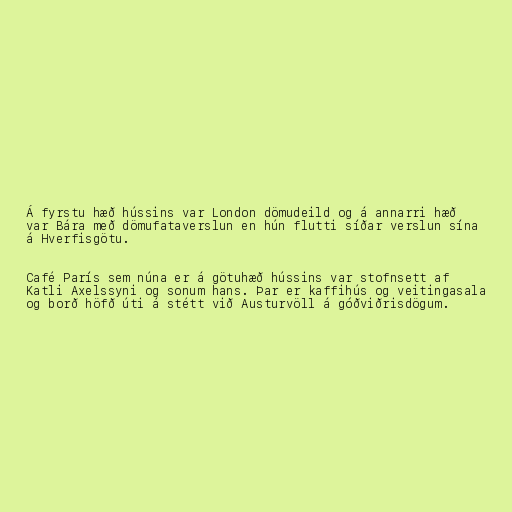
Á fyrstu hæð hússins var London dömudeild og á annarri hæð
var Bára með dömufataverslun en hún flutti síðar verslun sína
á Hverfisgötu.

Café París sem núna er á götuhæð hússins var stofnsett af
Katli Axelssyni og sonum hans. Þar er kaffihús og veitingasala
og borð höfð úti á stétt við Austurvöll á góðviðrisdögum.